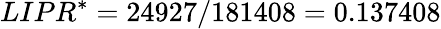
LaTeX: LIPR^{*}=24927/181408=0.137408